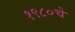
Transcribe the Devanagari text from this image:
१९८०चे